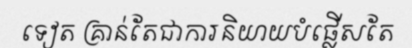
ទៀត គ្រាន់តែជាការនិយាយបំផ្លើសតែ